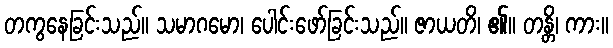
တကွနေခြင်းသည်။ သမာဂမော၊ ပေါင်းဖော်ခြင်းသည်။ ဇာယတိ၊ ၏။ တန္တိ၊ ကား။